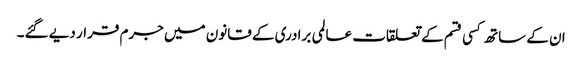
ان کے ساتھ کسی قسم کے تعلقات عالمی برادری کے قانون میں جرم قرار دیے گئے۔